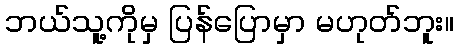
ဘယ်သူ့ကိုမှ ပြန်ပြောမှာ မဟုတ်ဘူး။